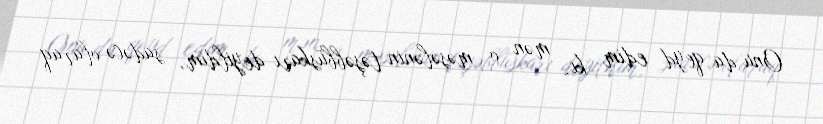
Onu da qeyd edim ki, mən o məsələnin təşəbbüskarı deyildim, sadəcə olaraq